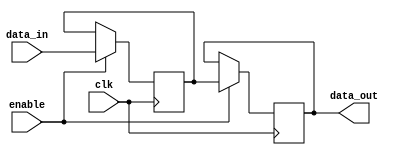
module timing_control_sync (
    input wire enable,
    input wire clk,
    input wire [7:0] data_in,
    output reg [7:0] data_out
);

reg [7:0] delay_reg;

always @(posedge clk) begin
    if (enable) begin
        delay_reg <= data_in;
    end
end

always @(posedge clk) begin
    if (enable) begin
        data_out <= delay_reg;
    end
end

endmodule